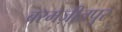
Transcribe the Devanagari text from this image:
बरमज़ीतपुर